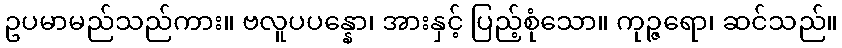
ဥပမာမည်သည်ကား။ ဗလူပပန္နော၊ အားနှင့် ပြည့်စုံသော။ ကုဉ္ဇရော၊ ဆင်သည်။